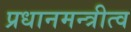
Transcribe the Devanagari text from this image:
प्रधानमन्त्रीत्व